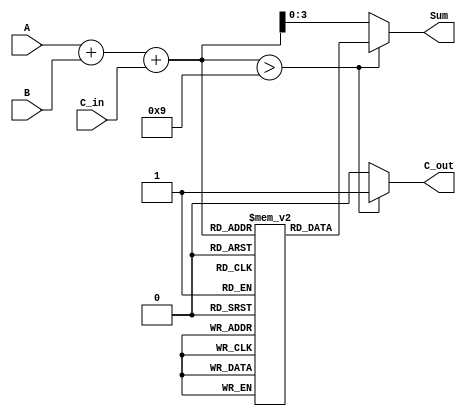
module BCD_LUT_Adder (
    input  wire [3:0] A,      // First BCD digit (0-9)
    input  wire [3:0] B,      // Second BCD digit (0-9)
    input  wire C_in,         // Carry-in
    output reg  [3:0] Sum,    // BCD Sum output
    output reg  C_out         // Carry-out
);

// Intermediate signals
wire [4:0] S;               // 5-bit sum to accommodate carry
reg [3:0] LUT [0:19];       // Look-Up Table for BCD correction

// Initialize the Look-Up Table
initial begin
    LUT[0]  = 4'b0000;  // 0
    LUT[1]  = 4'b0001;  // 1
    LUT[2]  = 4'b0010;  // 2
    LUT[3]  = 4'b0011;  // 3
    LUT[4]  = 4'b0100;  // 4
    LUT[5]  = 4'b0101;  // 5
    LUT[6]  = 4'b0110;  // 6
    LUT[7]  = 4'b0111;  // 7
    LUT[8]  = 4'b1000;  // 8
    LUT[9]  = 4'b1001;  // 9
    LUT[10] = 4'b0000;  // 10 -> 0, C_out = 1
    LUT[11] = 4'b0001;  // 11 -> 1, C_out = 1
    LUT[12] = 4'b0010;  // 12 -> 2, C_out = 1
    LUT[13] = 4'b0011;  // 13 -> 3, C_out = 1
    LUT[14] = 4'b0100;  // 14 -> 4, C_out = 1
    LUT[15] = 4'b0101;  // 15 -> 5, C_out = 1
    LUT[16] = 4'b0110;  // 16 -> 6, C_out = 1
    LUT[17] = 4'b0111;  // 17 -> 7, C_out = 1
    LUT[18] = 4'b1000;  // 18 -> 8, C_out = 1
    LUT[19] = 4'b1001;  // 19 -> 9, C_out = 1
end

// Binary addition of A, B, and C_in
assign S = A + B + C_in;

// BCD correction and output assignment
always @(*) begin
    if (S > 9) begin
        // If the sum exceeds 9, apply correction
        Sum = LUT[S]; // Use LUT for values 10-19
        C_out = 1;    // Set carry-out
    end else begin
        // Directly assign sum if <= 9
        Sum = S[3:0];
        C_out = 0;    // No carry-out
    end
end

endmodule